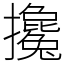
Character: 攙